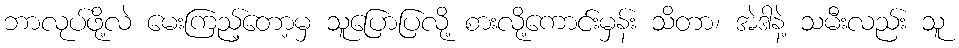
ဘာလုပ်ဖို့လဲ မေးကြည့်တော့မှ သူပြောပြလို့ စားလို့ကောင်းမှန်း သိတာ၊ အဲဒါနဲ့ သမီးလည်း သူ